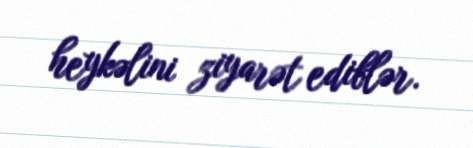
heykəlini ziyarət ediblər.